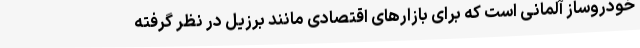
خودروساز آلمانی است که برای بازارهای اقتصادی مانند برزیل در نظر گرفته